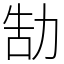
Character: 勂